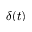
\delta ( t )